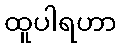
ထူပါရဟာ